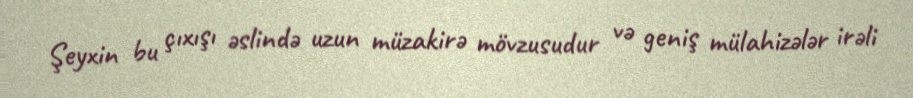
Şeyxin bu çıxışı əslində uzun müzakirə mövzusudur və geniş mülahizələr irəli